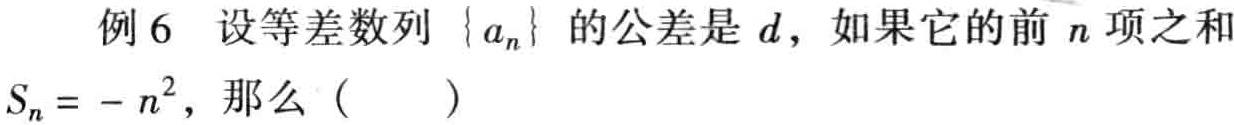
例6 设等差数列\(\{ a_{n}\}\)的公差是\(d\)，如果它的前\(n\)项之和\(S_{n}=-n^{2}\)，那么（  ）